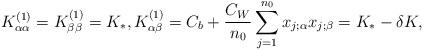
LaTeX: \begin{align*}K_{\alpha\alpha}^{(1)} = K_{\beta\beta}^{(1)}= K_*, K_{\alpha\beta}^{(1)} = C_b+\frac{C_W}{n_0}\sum_{j=1}^{n_0}x_{j;\alpha}x_{j;\beta}= K_* - \delta K,\end{align*}